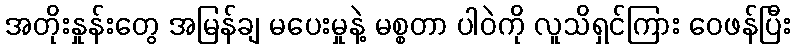
အတိုးနှုန်းတွေ အမြန်ချ မပေးမှုနဲ့ မစ္စတာ ပါဝဲကို လူသိရှင်ကြား ဝေဖန်ပြီး